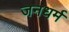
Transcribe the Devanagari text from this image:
जनधर्म